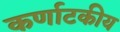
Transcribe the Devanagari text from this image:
कर्णाटकीय